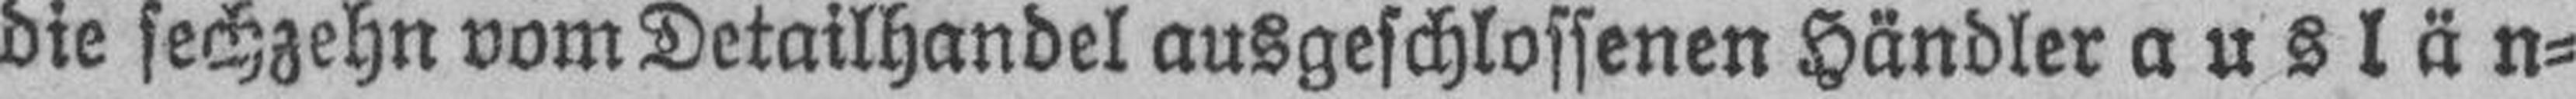
die sechzehn vom Detailhandel ausgeschlossenen Händler auslän¬